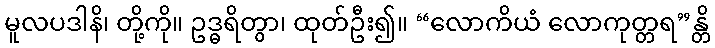
မူလပဒါနိ၊ တို့ကို။ ဥဒ္ဓရိတွာ၊ ထုတ်ဦး၍။ “လောကိယံ လောကုတ္တရ”န္တိ